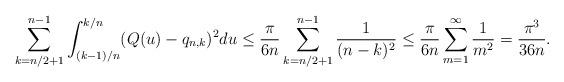
LaTeX: \begin{align*} \sum_{k=n/2+1} ^{n-1} \int_{ (k-1)/n }^{k/n} (Q(u) -q_{n,k})^2 du\le \frac{ \pi}{ 6 n }\sum_{k=n/2+1} ^{n-1} \frac{1}{ (n-k)^2} \le \frac{ \pi}{ 6 n }\sum_{m=1} ^{\infty} \frac{1}{ m^2}=\frac{\pi^3}{36 n}. \end{align*}